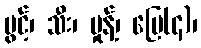
ပွင့်၊ သီး၊ မှုန့်၊ မြေ(၄)၊